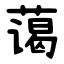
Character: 蔼